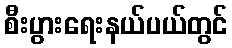
စီးပွားရေးနယ်ပယ်တွင်